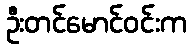
ဦးတင်မောင်ဝင်းက